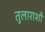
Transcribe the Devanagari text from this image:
तुलाराशौ